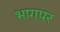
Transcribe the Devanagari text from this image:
भागपर